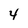
Character: 4